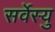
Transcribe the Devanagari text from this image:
सर्वेस्यु